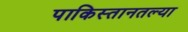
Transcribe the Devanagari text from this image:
पाकिस्तानतल्या